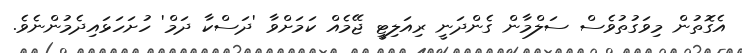
އެގޮތުން މިވަގުތުވެސް ސަލްމާން ގެންދަނީ ރިއަލިޓީ ޖޭމެއް ކަމަށްވާ 'ދަސްކާ ދަމް' ހުށަހަޅައިދެމުންނެވެ.